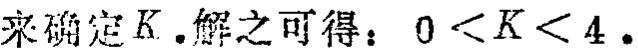
来确定\(K\).解之可得：\(0 < K < 4\).